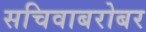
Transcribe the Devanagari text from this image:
सचिवाबरोबर